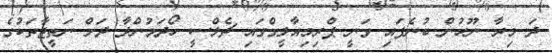
ދަ މިރާ ނޫހުން ބުނެފައި ވަނީ ޕްރިމިއާލީގްގައި ޗެލްސީ ހޯދަމުންދާ ދަށް ނަތީޖާތަކުގެ